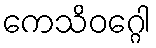
ကေသိဝဂ္ဂေါ